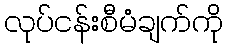
လုပ်ငန်းစီမံချက်ကို